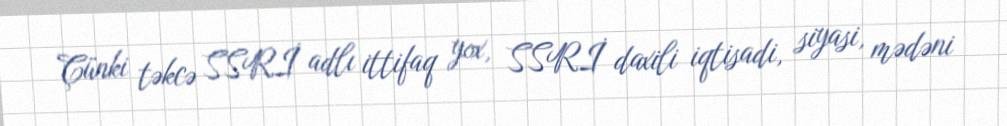
Çünki təkcə SSRİ adlı ittifaq yox, SSRİ daxili iqtisadi, siyasi, mədəni